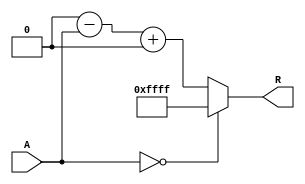
module ApproximateReciprocal (
    input wire [15:0] A,  // Input data (16-bit fixed-point)
    output reg [15:0] R   // Output data (16-bit fixed-point)
);

// Parameters
parameter WIDTH = 16;   // Width of input and output
parameter MAX_VALUE = 16'hFFFF; // Maximum value for normalization

// Internal signals
reg [15:0] normalized_A;

// Approximation function
function [15:0] approx_reciprocal;
    input [15:0] x;
    begin
        // Polynomial approximation of 1/x
        // For instance, using a simple 1 - x + x^2 for small x
        // This is just a simple example; you can implement a more complex polynomial
        approx_reciprocal = (16'h10000 - x) + (x * x >> 16); // 1 - x + x^2 (scaled)
    end
endfunction

// Normalize input and compute reciprocal
always @(*) begin
    if (A == 0) begin
        R = 16'hFFFF; // Handle division by zero (return max value or predefined value)
    end else begin
        // Normalize input A to [0, 1] range (if needed)
        // Here we assume A is already in the right range for simplicity
        normalized_A = A;

        // Compute approximate reciprocal
        R = approx_reciprocal(normalized_A);
    end
end

endmodule